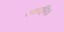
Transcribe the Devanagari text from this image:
स्काईरैक